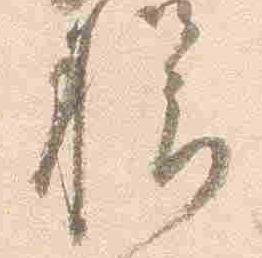
様